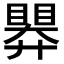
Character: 𭿗